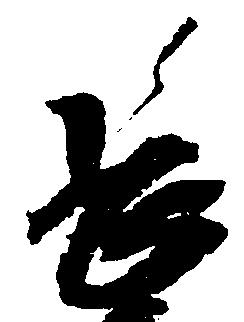
長